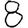
Digit: 8